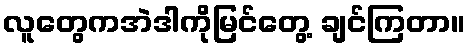
လူတွေကအဲဒါကိုမြင်တွေ့ ချင်ကြတာ။